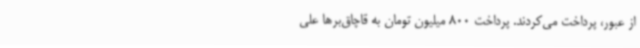
از عبور، پرداخت می‌کردند. پرداخت 800 میلیون تومان به قاچاق‌برها علی